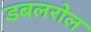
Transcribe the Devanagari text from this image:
डबलरोल